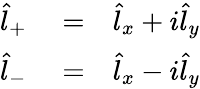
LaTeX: \begin{array}{rlr}{\hat{l}_{+}}&{{}=}&{\hat{l}_{x}+i\hat{l}_{y}}\\ {\hat{l}_{-}}&{{}=}&{\hat{l}_{x}-i\hat{l}_{y}}\end{array}